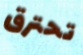
تحترق